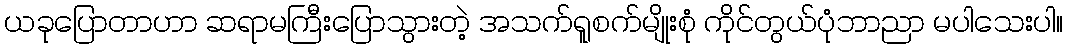
ယခုပြောတာဟာ ဆရာမကြီးပြောသွားတဲ့ အသက်ရူစက်မျိုးစုံ ကိုင်တွယ်ပုံဘာညာ မပါသေးပါ။